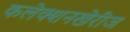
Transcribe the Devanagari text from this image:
कलेक्शनखेरीज